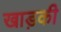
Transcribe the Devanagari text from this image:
खाड़की